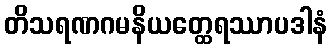
တိသရဏဂမနိယတ္ထေရဿာပဒါနံ